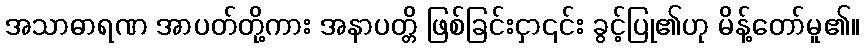
အသာဓာရဏ အာပတ်တို့ကား အနာပတ္တိ ဖြစ်ခြင်းငှာ၎င်း ခွင့်ပြု၏ဟု မိန့်တော်မူ၏။